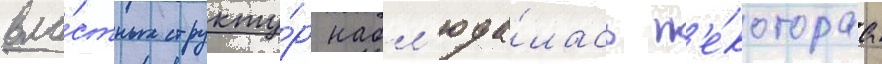
вла́стных структу́р набл'юда́лась н'е́котораа